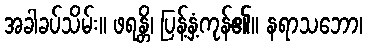
အခါခပ်သိမ်း။ ဖရန္တိ၊ ပြန့်နှံ့ကုန်၏။ နရာသဘော၊